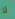
لا